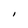
Character: I